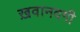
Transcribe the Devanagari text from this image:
ख़वानदगी